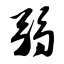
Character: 弱